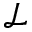
\mathcal { L }